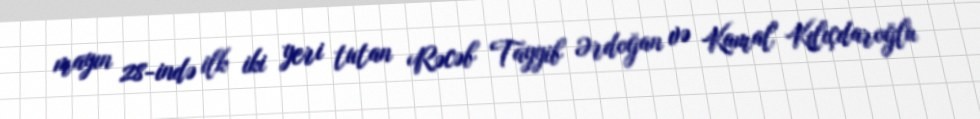
mayın 28-ində ilk iki yeri tutan Rəcəb Tayyib Ərdoğan və Kamal Kılıçdaroğlu